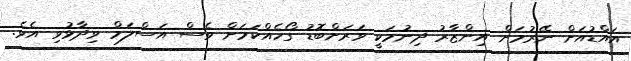
އައްޑުއަށް ނޭރުމަށް އިންޒާރު ދިނުމަކީ ވަރަށްބޮޑު ގޯހެއްކަމަށް ވެސް އަސްލަމް ވިދާޅުވި އެވެ.